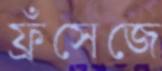
ফ্রঁসেজে